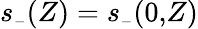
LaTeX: s_{{\scriptscriptstyle-}}(Z)=s_{{\scriptscriptstyle-}}(0,\! Z)